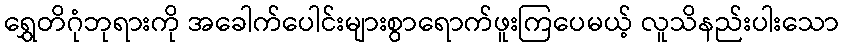
ရွှေတိဂုံဘုရားကို အခေါက်ပေါင်းများစွာရောက်ဖူးကြပေမယ့် လူသိနည်းပါးသော